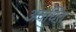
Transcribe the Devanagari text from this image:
अवर्धित